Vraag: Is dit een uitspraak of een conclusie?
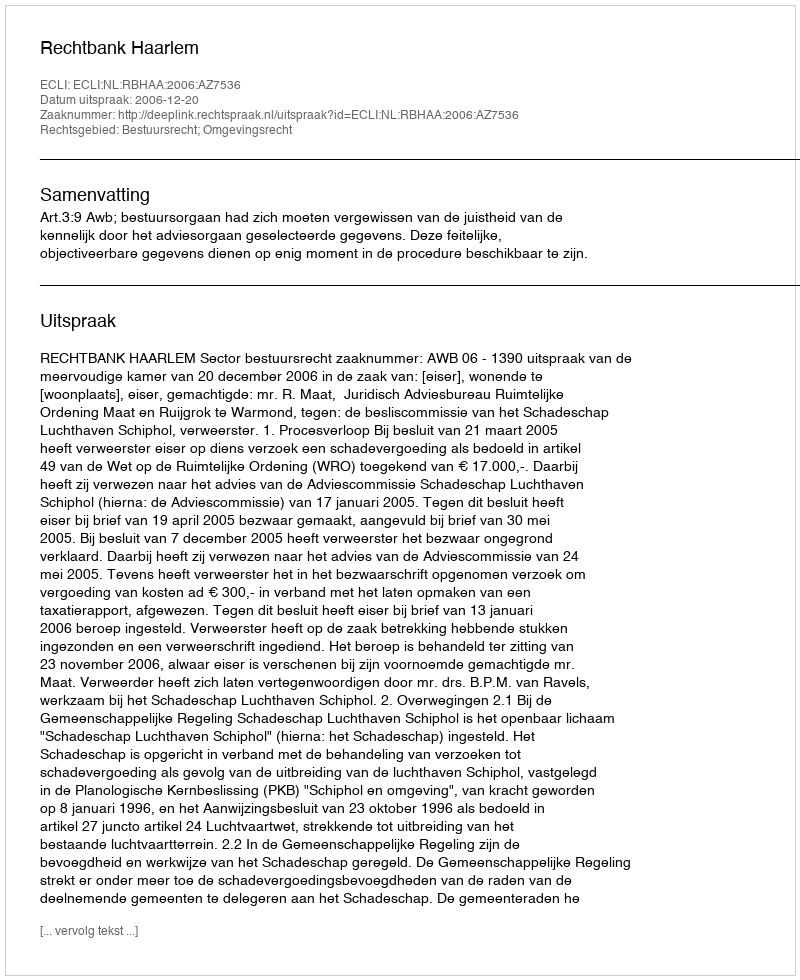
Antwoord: Uitspraak